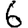
Digit: 6